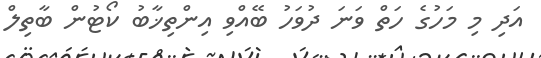
އަދި މި މަހުގެ ހަތް ވަނަ ދުވަހު ބޭއްވި އިންތިޚާބު ކޯޓުން ބާތިލް